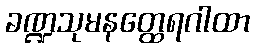
ခဏ္ဍသုမနတ္ထေရဂါထာ